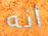
انه